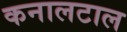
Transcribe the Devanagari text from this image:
कनालटाल